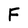
Character: F